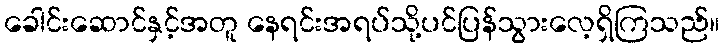
ခေါင်းဆောင်နှင့်အတူ နေရင်းအရပ်သို့ပင်ပြန်သွားလေ့ရှိကြသည်။